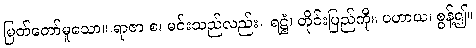
မြတ်တော်မူသော။ ရာဇာ စ၊ မင်းသည်လည်း။ ရဋ္ဌံ၊ တိုင်းပြည်ကို။ ပဟာယ၊ စွန့်၍။